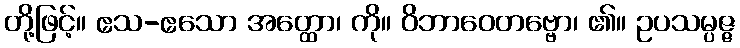
တို့ဖြင့်။ ဧသ-ဧသော အတ္ထော၊ ကို။ ဝိဘာဝေတဗ္ဗော၊ ၏။ ဥပသမ္ပဇ္ဇ